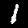
Label: 1